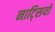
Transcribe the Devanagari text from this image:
नाट्सियों